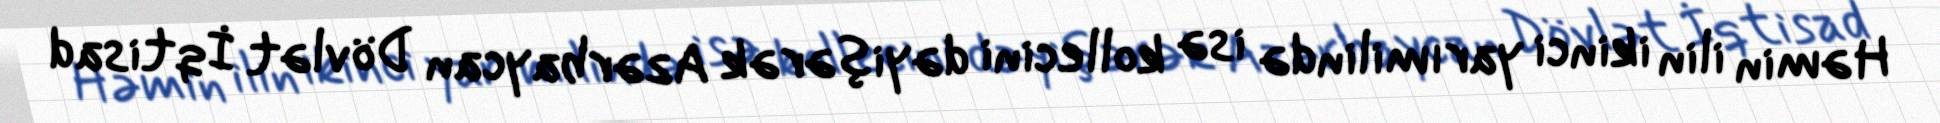
Həmin ilin ikinci yarımilində isə kollecini dəyişərək Azərbaycan Dövlət İqtisad